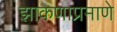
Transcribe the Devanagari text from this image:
झाकणाप्रमाणे